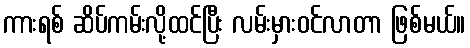
ကားရစ် ဆိပ်ကမ်းလို့ထင်ပြီး လမ်းမှားဝင်လာတာ ဖြစ်မယ်။